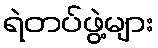
ရဲတပ်ဖွဲ့များ